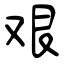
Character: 艰